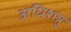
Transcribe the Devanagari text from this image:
अधिशत्रु